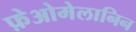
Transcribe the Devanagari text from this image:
फ़ेओमेलानिन